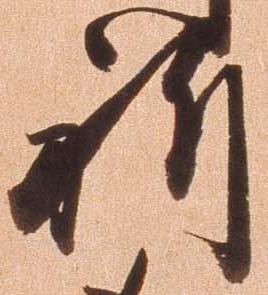
祈